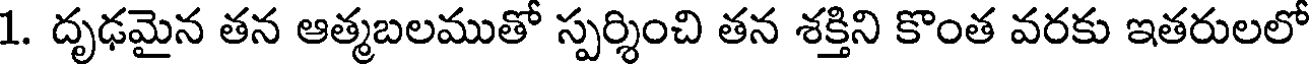
1. దృఢమైన తన ఆత్మబలముతో స్పర్శించి తన శక్తిని కొంత వరకు ఇతరులలో